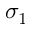
\sigma _ { 1 }